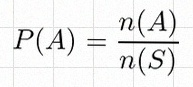
P(A)=\frac{n(A)}{n(S)}